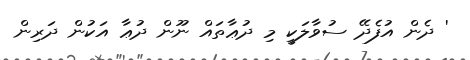
' ދެން އުފެދޭ ސުވާލަކީ މި ދުޢާތައް ނޫން ދުޢާ އަކުން ދަރިން